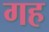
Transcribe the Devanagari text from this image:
गह